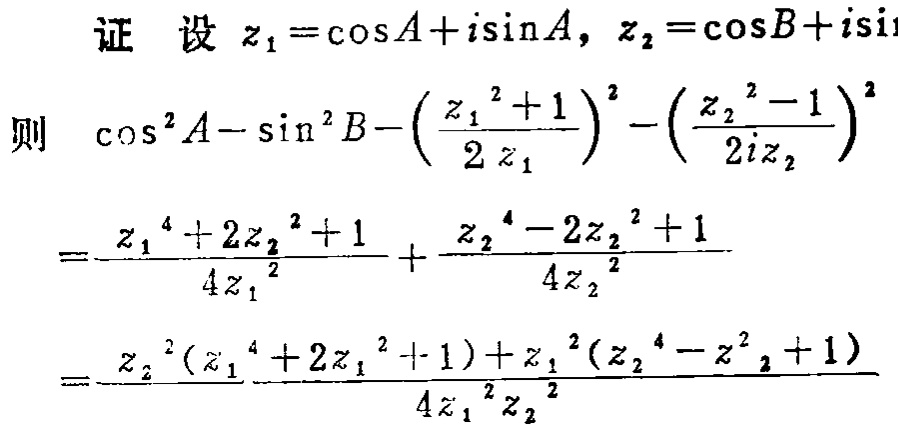
证 设 \(z_{1}=\cos A + i\sin A\)，\(z_{2}=\cos B + i\sin B\)
则 \(\cos^{2}A-\sin^{2}B - \left(\frac{z_{1}^{2}+1}{2z_{1}}\right)^{2}-\left(\frac{z_{2}^{2}-1}{2iz_{2}}\right)^{2}\)
\(=\frac{z_{1}^{4}+2z_{1}^{2}+1}{4z_{1}^{2}}+\frac{z_{2}^{4}-2z_{2}^{2}+1}{4z_{2}^{2}}\)
\(=\frac{z_{2}^{2}(z_{1}^{4}+2z_{1}^{2}+1)+z_{1}^{2}(z_{2}^{4}-z_{2}^{2}+1)}{4z_{1}^{2}z_{2}^{2}}\)